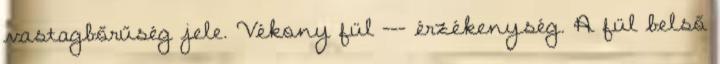
vastagbőrűség jele. Vékony fül --- érzékenység. A fül belső